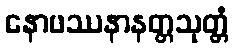
နောဖဿနာနတ္တသုတ္တံ